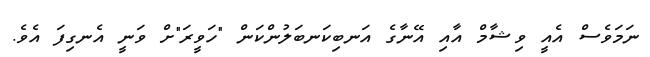
ނަމަވެސް އެއީ ވިޝާމް އާއި އޭނާގެ އަނބިކަނބަލުންކަން "ހަވީރަ"ށް ވަނީ އެނގިފަ އެވެ.